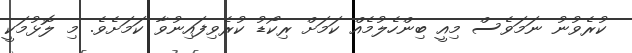
ކުރެވުނު ނަމަވެސް މިއީ ބިންހެލުމެއް ކަމަށް ރިކޯޑު ކުރެވިފައިނުވާ ކަމަށެވެ. މި ލޮޅުމަކީ